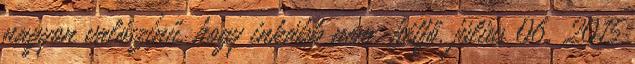
nagyon valószínű, hogy inkább nem. hétfő, július 06, 2015